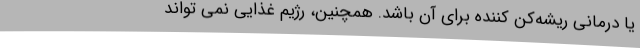
یا درمانی ریشه‌کن کننده برای آن باشد. همچنین، رژیم غذایی نمی تواند